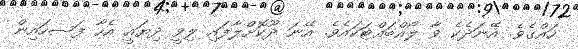
ހައްގެވެ. އޭނަދެކެ ވާ ލޯއްބައްޓަކައެވެ. އޭނަ ދޫކޮށްލާފައި ލިވީ ދިޔައީ އެހާ ފަސހައިން